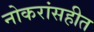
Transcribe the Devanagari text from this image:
नोकरांसहीत